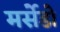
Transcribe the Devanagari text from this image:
मर्सेडो